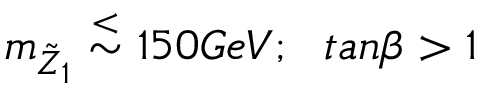
m _ { \tilde { Z } _ { 1 } } \stackrel { < } { \sim } 1 5 0 G e V ; ~ ~ t a n \beta > 1